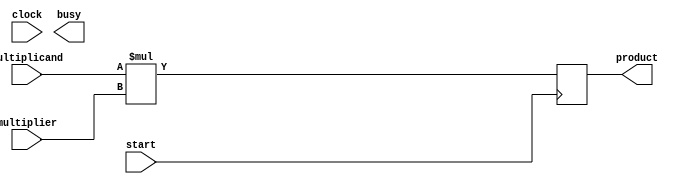
`timescale 1ns / 1ps
//////////////////////////////////////////////////////////////////////////////////
// Company: 
// Engineer: 
// 
// Design Name: 
// Module Name:    mod_mul 
// Project Name: 
// Target Devices: 
// Tool versions: 
// Description: 
//
// Dependencies: 
//
// Revision: 
// Revision 0.01 - File Created
// Additional Comments: 
//
//////////////////////////////////////////////////////////////////////////////////
module mod_mul(


input clock,
input start,
input [3:0] multiplicand, 
input [3:0] multiplier,        
output reg [7:0] product,
output busy

    );

always@(posedge start)begin
	product = $signed(multiplicand) * $signed(multiplier);
end

endmodule